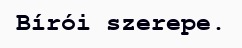
Bírói szerepe.